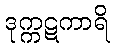
ဒုက္ကဋကာရိ